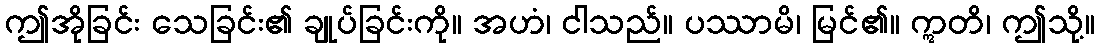
ဤအိုခြင်း သေခြင်း၏ ချုပ်ခြင်းကို။ အဟံ၊ ငါသည်။ ပဿာမိ၊ မြင်၏။ ဣတိ၊ ဤသို့။